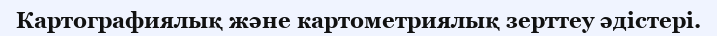
Картографиялық және картометриялық зерттеу әдістері.